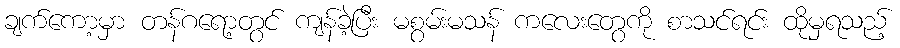
ချက်ကော့မှာ တန်ဂရော့တွင် ကျန်ခဲ့ပြီး မစွမ်းမသန် ကလေးတွေကို စာသင်ရင်း ထိုမှရသည့်